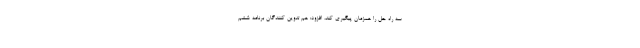
سه راه حل را همزمان پیگیری کند، افزود: هم تدوین کنندگان برنامه ششم